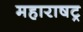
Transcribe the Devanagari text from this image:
महाराषट्र